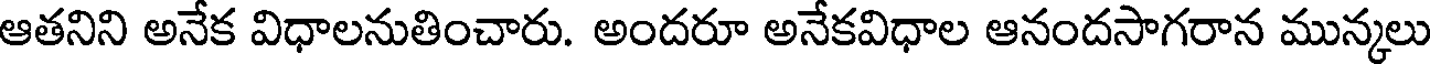
ఆతనిని అనేక విధాలనుతించారు. అందరూ అనేకవిధాల ఆనందసాగరాన మున్కలు